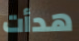
هدأت